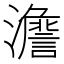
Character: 𱪂